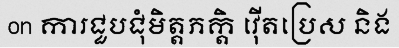
on ការជួបជុំមិត្តភក្តិ វ៉ើតប្រេស និង